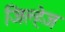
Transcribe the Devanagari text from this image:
जिल्हेज